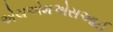
એચએમએસઆઈ